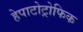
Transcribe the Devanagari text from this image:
हेपाटोट्रोफिक